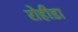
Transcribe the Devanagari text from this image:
रोहीडा